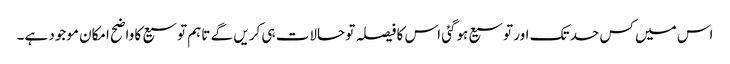
اس میں کس حد تک اور توسیع ہوگئی اس کا فیصلہ تو حالات ہی کریں گے تاہم توسیع کا واضح امکان موجود ہے۔